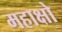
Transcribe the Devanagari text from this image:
महाक्षो